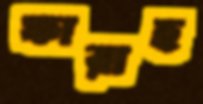
ফারাহ